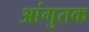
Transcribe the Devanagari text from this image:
आंगुतक